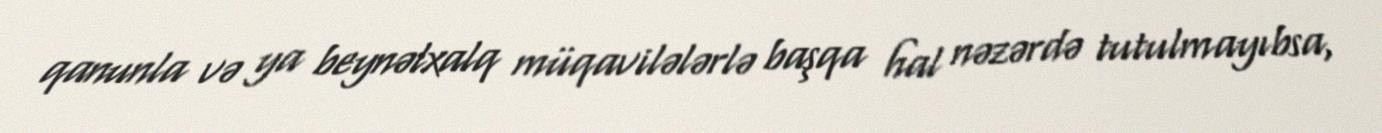
qanunla və ya beynəlxalq müqavilələrlə başqa hal nəzərdə tutulmayıbsa,